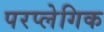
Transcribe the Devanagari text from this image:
परप्लेगिक